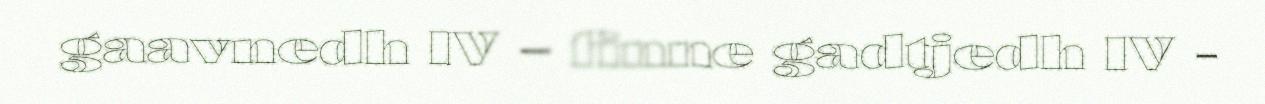
gaavnedh IV – finne gadtjedh IV -